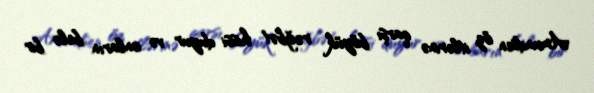
Amundsen öz itlərinə qarşı böyük rəğbət hissi duyur və onların belə bir